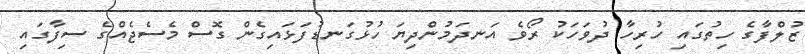
ޒުލްފާގެ ހިތުގައި ހުރިހާ ދުވަހަކު ރޯވެ އަނދަމުންދިޔަ ހުޅުގަނޑުފަޅައިގެން ގޮސް މެސެޖެއްގެ ސިފާގައި